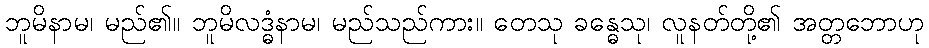
ဘူမိနာမ၊ မည်၏။ ဘူမိလဒ္ဓံနာမ၊ မည်သည်ကား။ တေသု ခန္ဓေသု၊ လူနတ်တို့၏ အတ္တဘောဟု